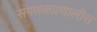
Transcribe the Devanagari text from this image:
संगणकप्रणालीस